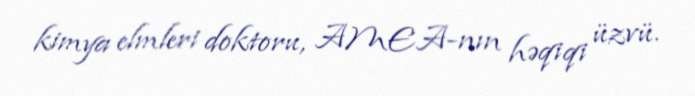
kimya elmleri doktoru, AMEA-nın həqiqi üzvü.